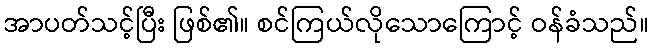
အာပတ်သင့်ပြီး ဖြစ်၏။ စင်ကြယ်လိုသောကြောင့် ဝန်ခံသည်။